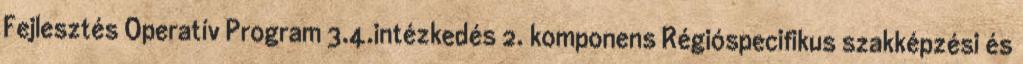
Fejlesztés Operatív Program 3.4.intézkedés 2. komponens Régióspecifikus szakképzési és